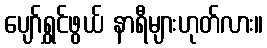
ပျော်ရွှင်ဖွယ် နာရီများဟုတ်လား။